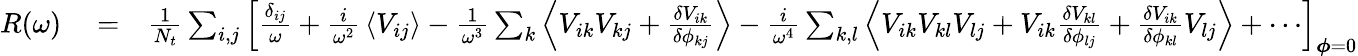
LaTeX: \begin{array}{rlr}{R(\omega)}&{{}=}&{\frac{1}{N_{t}}\sum_{i,j}\left[\frac{\delta_{ij}}{\omega}+\frac{i}{\omega^{2}}\, \left\langle V_{ij}\right\rangle-\frac{1}{\omega^{3}}\sum_{k}\left\langle V_{ik}V_{kj}+\frac{\delta V_{ik}}{\delta\phi_{kj}}\right\rangle-\frac{i}{\omega^{4}}\sum_{k,l}\left\langle V_{ik}V_{kl}V_{lj}+V_{ik}\frac{\delta V_{kl}}{\delta\phi_{lj}}+\frac{\delta V_{ik}}{\delta\phi_{kl}}V_{lj}\right\rangle+\cdots\right]_{\boldsymbol{\phi}=0}}\end{array}